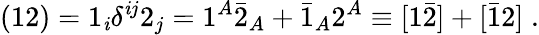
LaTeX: ({12})=1_{\mathit{i}}\delta^{\mathit{i}j}2_{j}=1^{A}\bar{{2}}_{A}+\bar{{1}}_{A}2^{A}\equiv[1\bar{{2}}]+[\bar{{1}}2]\; .